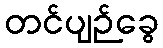
တင်ပျဉ်ခွေ